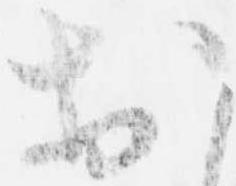
於